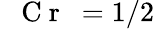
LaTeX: \mathrm{~\textit~{~C~r~}~}=1/2